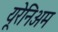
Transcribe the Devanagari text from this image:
यूरेनिअम